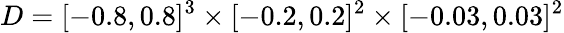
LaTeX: D=[-0.8,0.8]^{3}\times[-0.2,0.2]^{2}\times[-0.03,0.03]^{2}